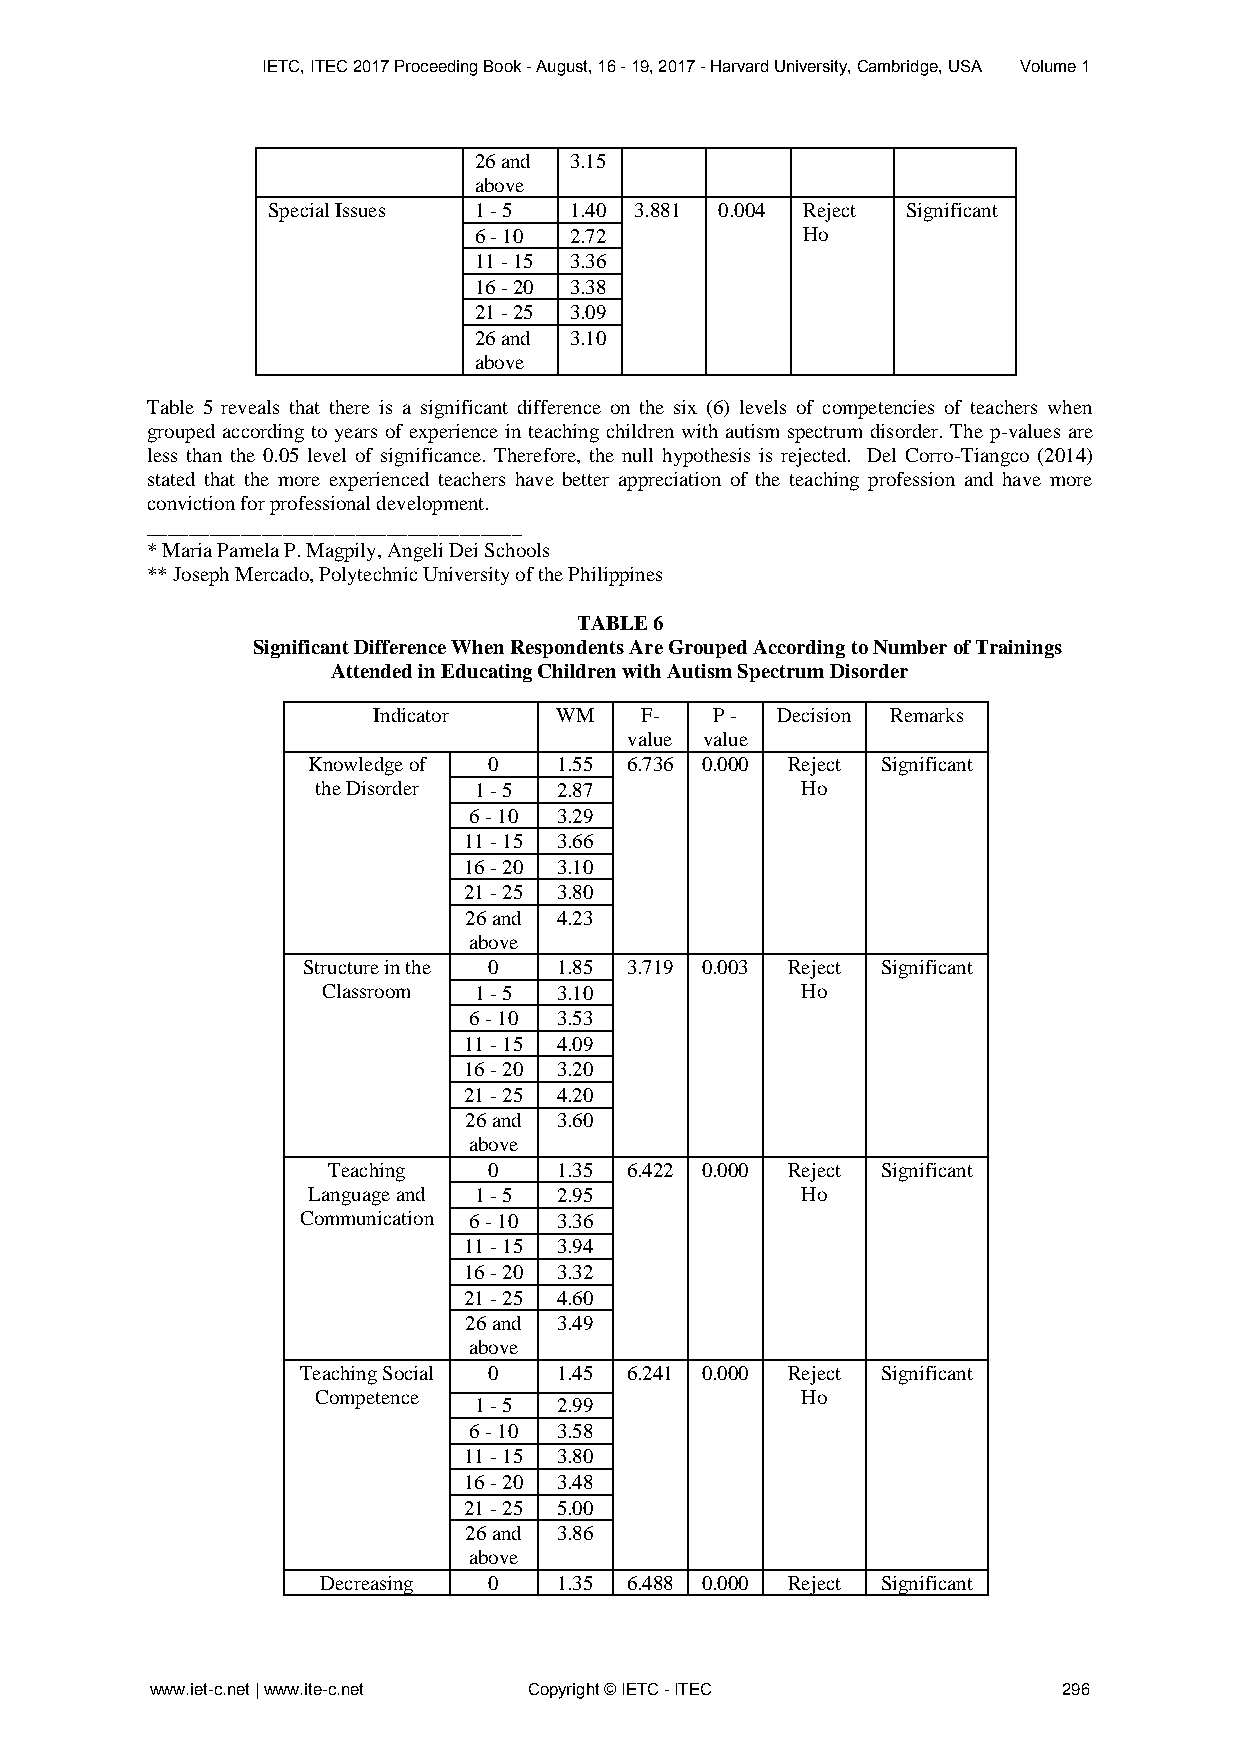
IETC, ITEC 2017 Proceeding Book - August, 16 - 19, 2017 - Harvard University, Cambridge, USA Volume 1
 26 and 3.15
 above
 Special Issues 1 - 5 1.40 3.881 0.004 Reject Significant
 6 - 10 2.72           Ho
 11 - 15 3.36
 16 - 20 3.38
 21 - 25 3.09
 26 and 3.10
 above
 Table 5 reveals that there is a significant difference on the six (6) levels of competencies of teachers when
 grouped according to years of experience in teaching children with autism spectrum disorder. The p-values are
 less than the 0.05 level of significance. Therefore, the null hypothesis is rejected. Del Corro-Tiangco (2014)
 stated that the more experienced teachers have better appreciation of the teaching profession and have more
 conviction for professional development.
 ____________________________________
 * Maria Pamela P. Magpily, Angeli Dei Schools
 ** Joseph Mercado, Polytechnic University of the Philippines
 TABLE 6
 Significant Difference When Respondents Are Grouped According to Number of Trainings
 Attended in Educating Children with Autism Spectrum Disorder
 Indicator   WM   F-   P - Decision Remarks
 value value
 Knowledge of 0   1.55 6.736 0.000 Reject Significant
 the Disorder 1 - 5 2.87         Ho
 6 - 10 3.29
 11 - 15 3.66
 16 - 20 3.10
 21 - 25 3.80
 26 and 4.23
 above
 Structure in the 0 1.85 3.719 0.003 Reject Significant
 Classroom 1 - 5 3.10            Ho
 6 - 10 3.53
 11 - 15 4.09
 16 - 20 3.20
 21 - 25 4.20
 26 and 3.60
 above
 Teaching  0    1.35 6.422 0.000 Reject Significant
 Language and 1 - 5 2.95          Ho
 Communication 6 - 10 3.36
 11 - 15 3.94
 16 - 20 3.32
 21 - 25 4.60
 26 and 3.49
 above
 Teaching Social 0 1.45 6.241 0.000 Reject Significant
 Competence                      Ho
 1 - 5 2.99
 6 - 10 3.58
 11 - 15 3.80
 16 - 20 3.48
 21 - 25 5.00
 26 and 3.86
 above
 Decreasing 0    1.35 6.488 0.000 Reject Significant
 www.iet-c.net | www.ite-c.net Copyright © IETC - ITEC       296